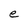
Character: e